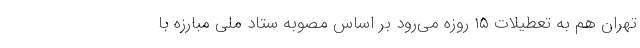
تهران هم به تعطیلات ۱۵ روزه می‌رود بر اساس مصوبه ستاد ملی مبارزه با